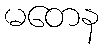
မတေန